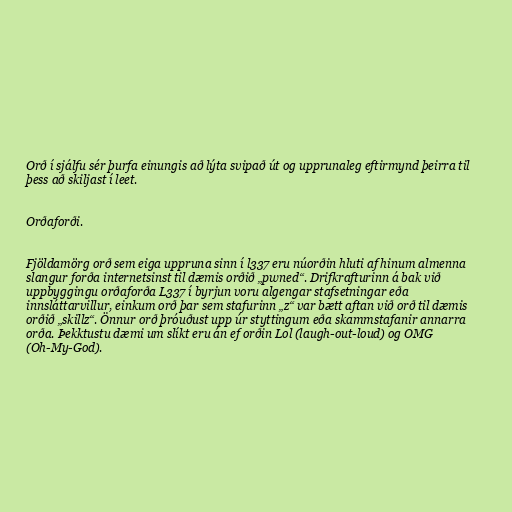
Orð í sjálfu sér þurfa einungis að lýta svipað út og upprunaleg eftirmynd þeirra til
þess að skiljast í leet.

Orðaforði.

Fjöldamörg orð sem eiga uppruna sinn í l337 eru núorðin hluti af hinum almenna
slangur forða internetsinst til dæmis orðið „pwned“. Drifkrafturinn á bak við
uppbyggingu orðaforða L337 í byrjun voru algengar stafsetningar eða
innsláttarvillur, einkum orð þar sem stafurinn „z“ var bætt aftan við orð til dæmis
orðið „skillz“. Önnur orð þróuðust upp úr styttingum eða skammstafanir annarra
orða. Þekktustu dæmi um slíkt eru án ef orðin Lol (laugh-out-loud) og OMG
(Oh-My-God).